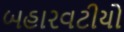
બહારવટીયો